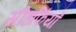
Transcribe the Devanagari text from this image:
सीहफिंयाँ